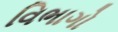
વિભાગો